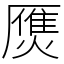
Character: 㷳